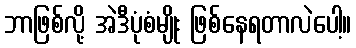
ဘာဖြစ်လို့ အဲဒီပုံစံမျိုး ဖြစ်နေရတာလဲပေါ့။